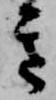
き